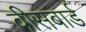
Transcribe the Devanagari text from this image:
वीसबार्ड